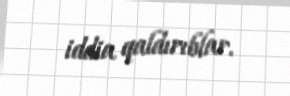
iddia qaldırıblar.